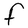
Character: F